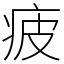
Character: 疲